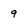
Character: 9